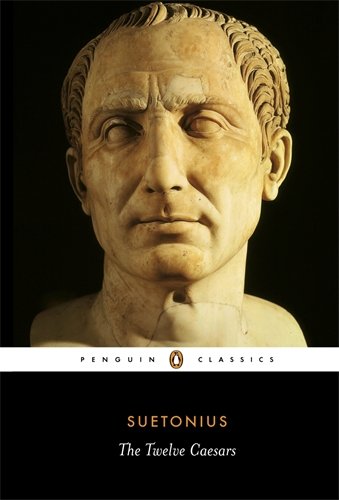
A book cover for The Twelve Caesars (Penguin Classics); Suetonius; Biographies & Memoirs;